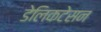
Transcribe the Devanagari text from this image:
डेलिकटेसन